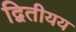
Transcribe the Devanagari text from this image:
द्वितीयय